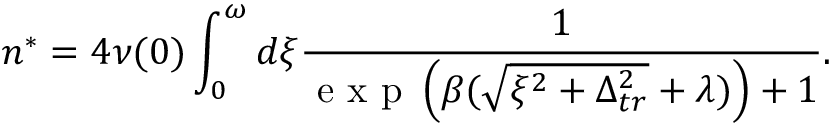
n ^ { * } = 4 \nu ( 0 ) \int _ { 0 } ^ { \omega } d \xi \frac { 1 } { \mathrm { ~ e ~ x ~ p ~ } \left( \beta ( \sqrt { \xi ^ { 2 } + \Delta _ { t r } ^ { 2 } } + \lambda ) \right) + 1 } .